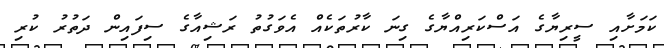
ކަމަށާއި ސީރިޔާގެ އަސްކަރިއްޔާގެ ގިނަ ކާރުތަކެއް އެވަގުތު ރަޝިއާގެ ސިފައިން ދަތުރު ކުރި